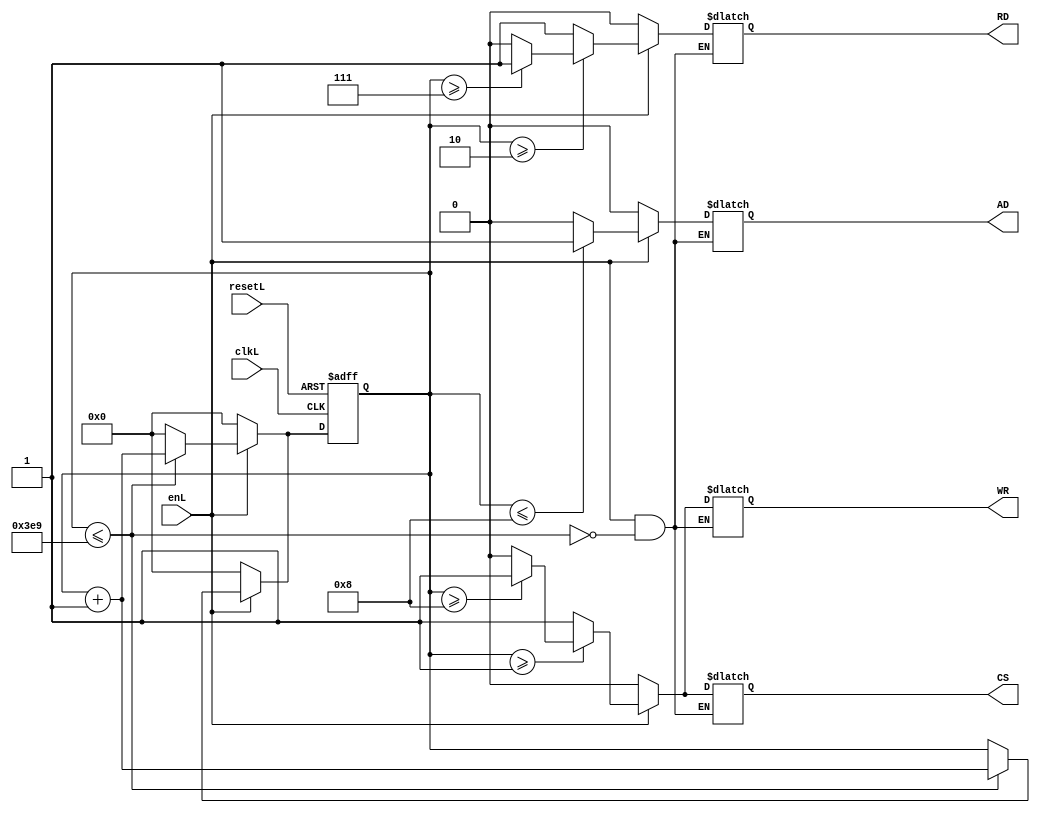
`timescale 1ns / 1ps
//////////////////////////////////////////////////////////////////////////////////
// Company: 
// Engineer: 
// 
// Design Name: 
// Module Name:    Tiempo_Lectura 
// Project Name: 
// Target Devices: 
// Tool versions: 
// Description: 
//
// Dependencies: 
//
// Revision: 
// Revision 0.01 - File Created
// Additional Comments: 
//
//////////////////////////////////////////////////////////////////////////////////
////Este mdulo controlar los tiempos necesarios para leer en RTC///

module Tiempo_Lectura
(		input wire clkL,
		input wire enL,
		input resetL,
		output reg CS,
		output reg RD,
		output reg WR,
		output reg AD
		
    );

reg [3:0]q_actL, q_nextL;
always@(posedge clkL,posedge resetL)
	if(resetL) begin
		q_actL <= 4'b0;
		end
	else
		q_actL <= q_nextL;
		
always@*
begin
	if(enL) begin
		if(q_actL <=1001) begin
			q_nextL = q_actL + 4'b1;
				if (q_actL <= 4'b1000) begin
					AD<= 1'b1;end
				else 	AD <= 1'b0; 
			end
		else 		q_nextL = 0;
	end
	else begin q_nextL = 0;	AD <= 1'b0;end
end

always@*
begin
	if(enL) begin
		if(q_actL <=1001) begin
			q_nextL = q_actL + 4'b1;
			if (q_actL >= 4'b0010) begin
					RD<= 1'b0; 
						if (q_actL >= 4'b0111) begin 
							RD<= 1'b1; end
						else
							RD<= 1'b0; 
				end
				else 	RD<= 1'b1;
			end
			else q_nextL = q_actL; 
	end	
		else begin q_nextL = 0;	RD <= 1'b0;end
end



always@*
begin
	if(enL)
		begin 
		if(q_actL <=1001) begin
			q_nextL = q_actL + 4'b1;
				if (q_actL >= 4'b0001) begin
					WR<= 1'b0; 
						if (q_actL >= 4'b1000) begin 
							WR<= 1'b1; end
						else
							WR<= 1'b0; 
				end
				else 	WR<= 1'b1;
			end
			else q_nextL = 0; 
	end
	else begin q_nextL = 0;	WR <= 1'b0;end
end



always@*
begin
		if(enL)
		begin 
		if(q_actL <=1001) begin
			q_nextL = q_actL + 4'b1;
				if (q_actL >= 4'b0001) begin
					CS<= 1'b0; 
						if (q_actL >= 4'b1000) begin 
							CS<= 1'b1; end
						else
							CS<= 1'b0; 
				end
				else 	CS<= 1'b1;
			end
			else q_nextL = 0; 
	end
	else begin q_nextL = 0; 	CS <= 1'b0; end
end

endmodule